Naisuhingud, lk 82
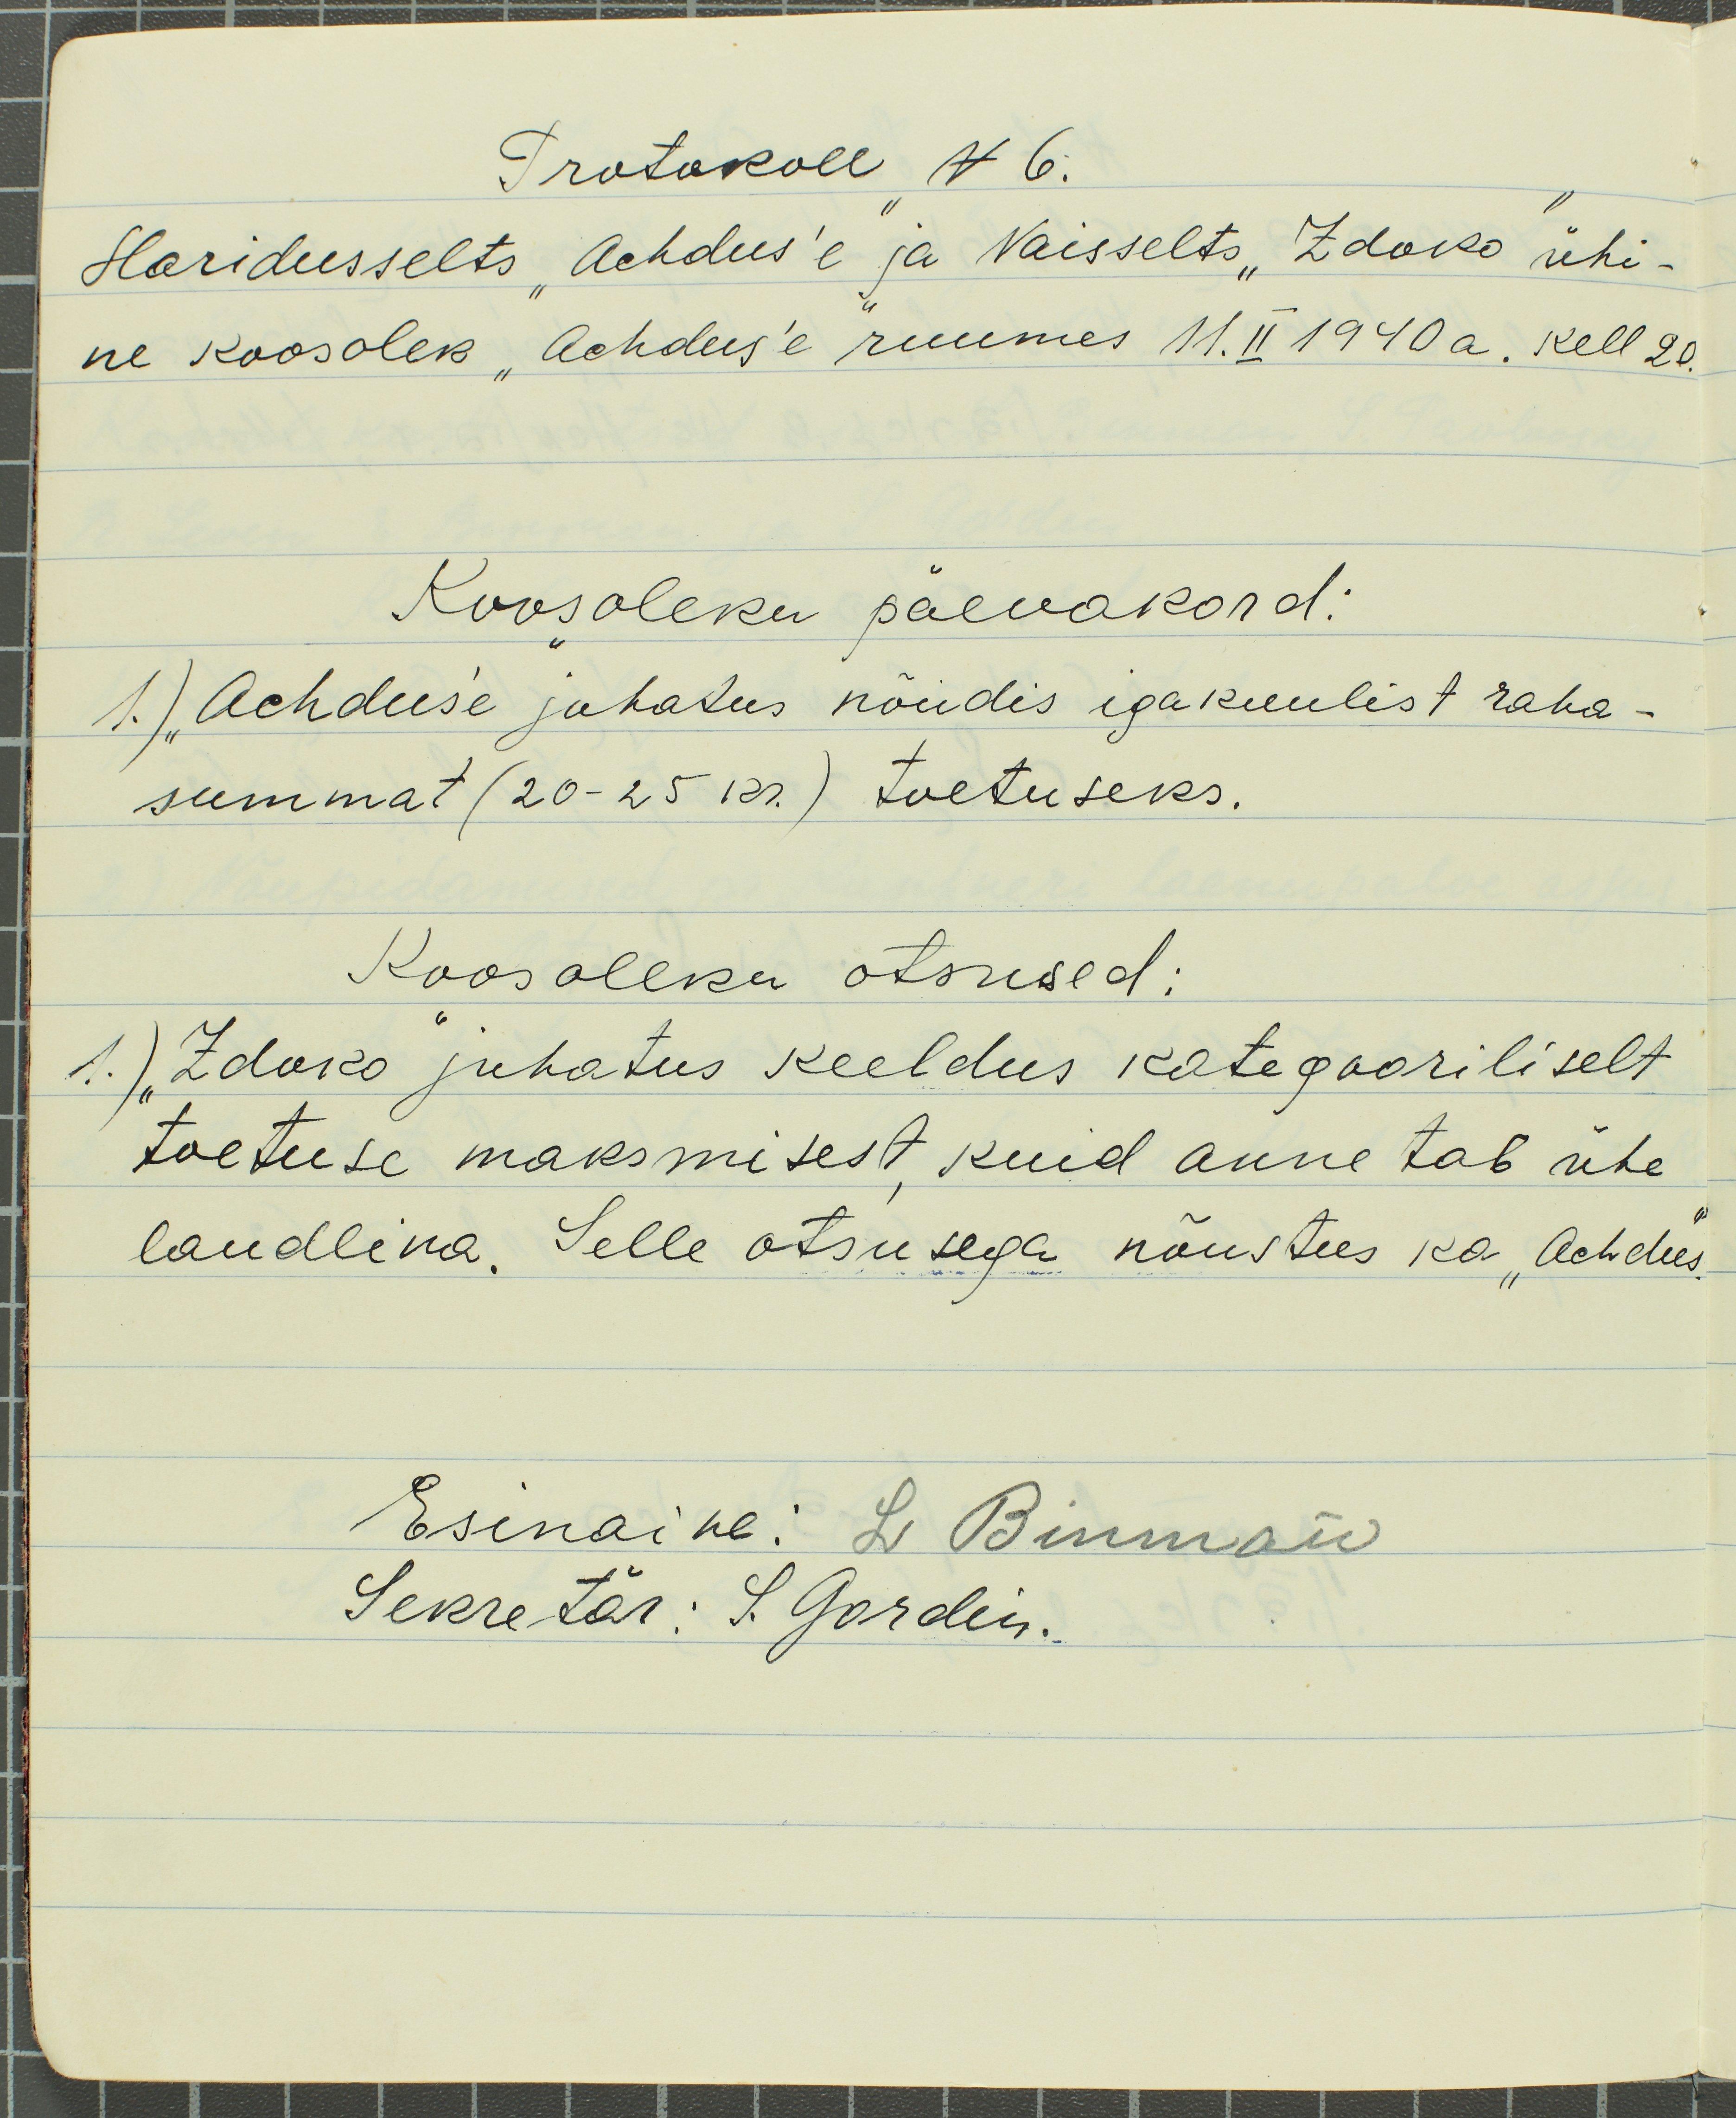
Protokoll N 6.
Haridusselts "Achdus`e" ja Naisselts "Zdoko" ühi-
ne koosolek "Achdus`e" ruumes 11. II 1940 a. kell 20.
Koosoleku päevakord:
1.) "Achduse juhatus nõudis igakuulist raha-
summat (20-25 kr.) toetuseks.
Koosoleku otsused:
1.) "Zdoko juhatus keeldus kategooriliselt
toetuse maksmisest kuid annetab ühe
laudlina. Selle otsusega nõustus ka "Achdus"
Esinaine: L. Binman
Sekretär: S. Gordin.